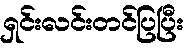
ရှင်းလင်းတင်ပြပြီး